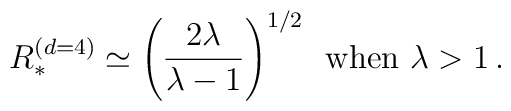
R_*^{(d=4)} \simeq \left( \frac{2 \lambda}{\lambda - 1} \right)^{1/2}  \, \ \hbox{when} \ \lambda > 1 \, .